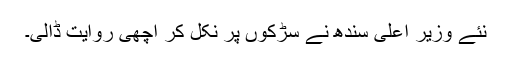
نئے وزیر اعلی سندھ نے سڑکوں پر نکل کر اچھی روایت ڈالی۔